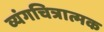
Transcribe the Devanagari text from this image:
व्यंगचित्रात्मक